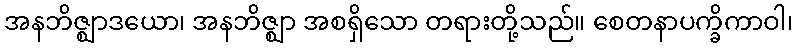
အနဘိဇ္ဈာဒယော၊ အနဘိဇ္ဈာ အစရှိသော တရားတို့သည်။ စေတနာပက္ခိကာဝါ၊